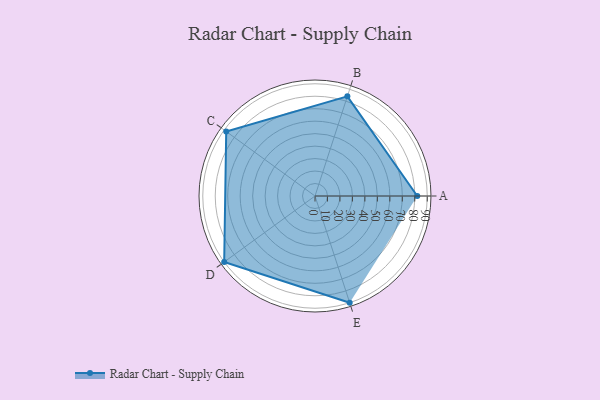
{"axis": {"x": "Skill", "y": "Score"}, "legend": ["Profile"], "data": [{"x": "A", "y": 82.0, "type": "Profile"}, {"x": "B", "y": 84.0, "type": "Profile"}, {"x": "C", "y": 88.0, "type": "Profile"}, {"x": "D", "y": 90.0, "type": "Profile"}, {"x": "E", "y": 90.0, "type": "Profile"}]}